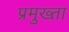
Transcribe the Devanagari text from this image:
प्रमुख्ता